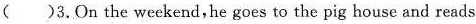
( )3.On the weckend,he goes to the pig house and reads